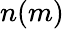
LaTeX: n(m)